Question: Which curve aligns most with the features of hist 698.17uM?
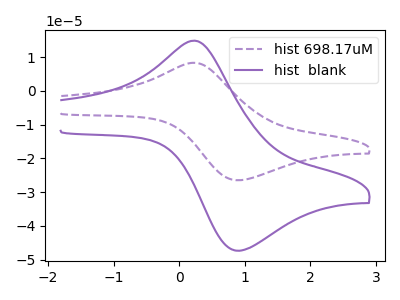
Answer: <think>The purple dashed curve "hist 698.17uM" has an anodic peak at (0.20V, 8.30uA) and a cathodic peak at (0.90V, -26.50uA). The purple curve "hist  blank" has an anodic peak at (0.20V, 14.85uA) and a cathodic peak at (0.90V, -47.35uA).
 All the peaks in "hist 698.17uM" have a peak in "hist  blank" at the same potential. Every peak in "hist 698.17uM" is lower than every peak in "hist  blank".</think>
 <answer>The CV with the most similar shape to "hist  blank" is "hist 698.17uM".</answer>
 <eval>"hist 698.17uM"</eval>